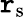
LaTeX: \mathtt{r}_{\mathrm{{s}}}